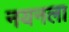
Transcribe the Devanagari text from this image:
नयनला